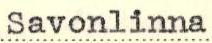
Savonlinna